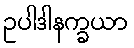
ဥပါဒါနက္ခယာ